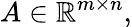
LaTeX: A\in\mathbb{R}^{m\times n},